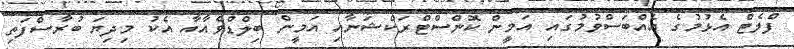
ފްލެޓް އެޅުމުގެ އެއްބަސްވުމުގައި އަމީން ކޮންސްޓްރަކްޝަނާއި އަމީން ބިލްޑްވެއާއާ އެކު މިދިޔަ ބުރާސްފަތި